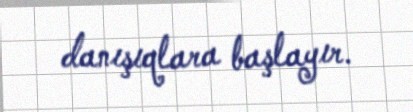
danışıqlara başlayır.